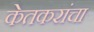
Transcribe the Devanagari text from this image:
केतकरांचा